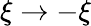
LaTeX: \xi\rightarrow-\xi